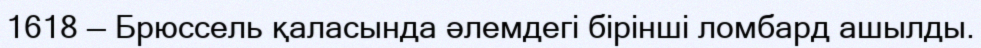
1618 — Брюссель қаласында әлемдегі бірінші ломбард ашылды.